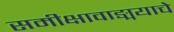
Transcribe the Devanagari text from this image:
समीक्षावाङ्मयाचे